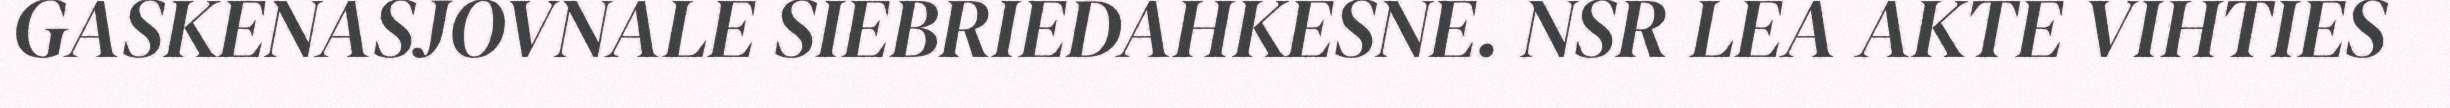
GASKENASJOVNALE SIEBRIEDAHKESNE. NSR LEA AKTE VIHTIES